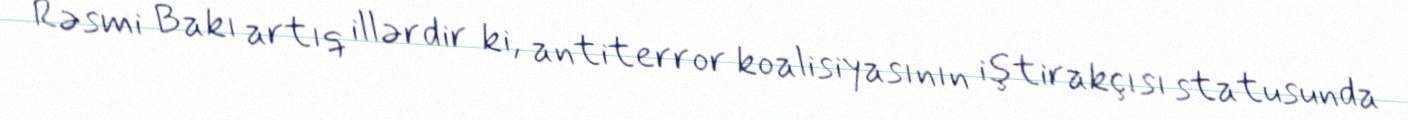
Rəsmi Bakı artıq illərdir ki, antiterror koalisiyasının iştirakçısı statusunda